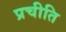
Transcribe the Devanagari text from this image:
प्रचीति